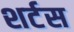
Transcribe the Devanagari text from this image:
शर्टस